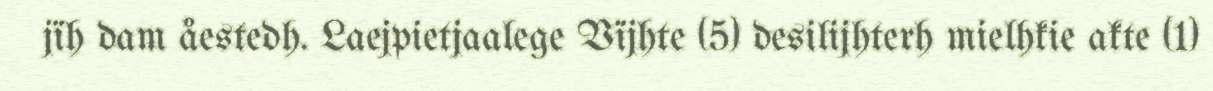
jïh dam åestedh. Laejpietjaalege Vïjhte (5) desilijhterh mielhkie akte (1)